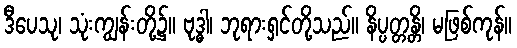
ဒီပေသု၊ သုံးကျွန်းတို့၌။ ဗုဒ္ဓါ၊ ဘုရားရှင်တို့သည်။ နိပ္ပတ္တန္တိ၊ မဖြစ်ကုန်။